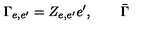
\Gamma _ { e , e ^ { \prime } } = Z _ { e , e ^ { \prime } } e ^ { \prime } , \qquad \bar { \Gamma }